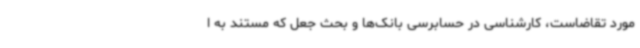
مورد تقاضاست، کارشناسی در حسابرسی بانک‌ها و بحث جعل که مستند به ا